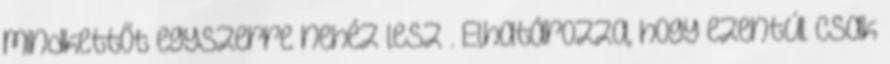
mindkettőt egyszerre nehéz lesz . Elhatározza, hogy ezentúl csak